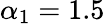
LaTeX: \alpha_{1}=1.5